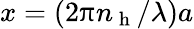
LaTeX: x=(2\uppi n_{\mathrm{~h~}}/\lambda)a